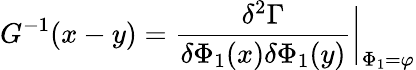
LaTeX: G^{-1}(x-y)=\frac{\delta^{2}\Gamma}{\delta\Phi_{1}(x)\delta\Phi_{1}(y)}\bigg\vert_{\Phi_{1}=\varphi}